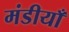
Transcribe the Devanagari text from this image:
मंडीयाँ